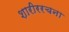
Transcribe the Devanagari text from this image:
शारीररचना